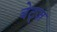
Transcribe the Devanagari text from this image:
बेट्ज़